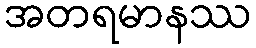
အတရမာနဿ